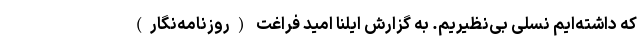
که داشته‌ایم نسلی بی‌نظیریم. به گزارش ایلنا امید فراغت (روزنامه‌نگار)